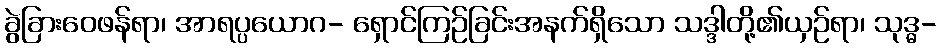
ခွဲခြားဝေဖန်ရာ၊ အာရပ္ပယောဂ- ရှောင်ကြဉ်ခြင်းအနက်ရှိသော သဒ္ဒါတို့၏ယှဉ်ရာ၊ သုဒ္ဓ-